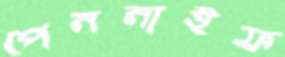
পেননাইফ